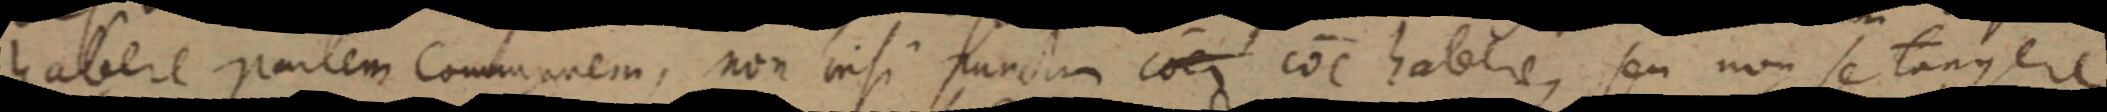
habere partem communem, non nisi punctum coer coc habere, seu non se tangere